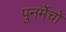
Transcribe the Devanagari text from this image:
पुनर्मेचों